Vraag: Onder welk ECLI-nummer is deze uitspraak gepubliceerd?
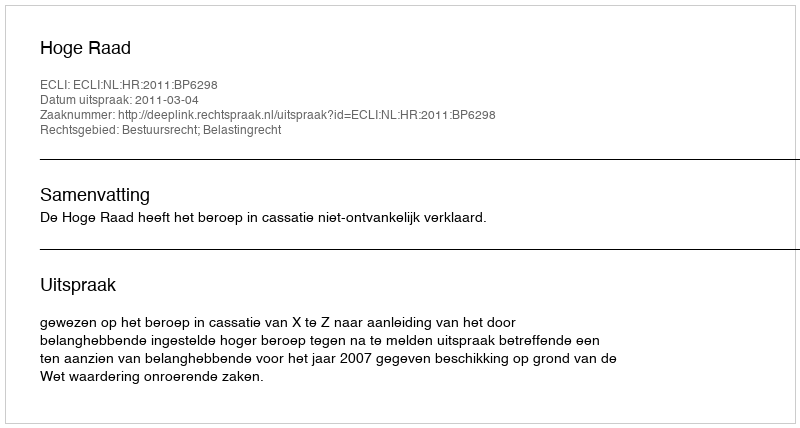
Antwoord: ECLI:NL:HR:2011:BP6298